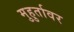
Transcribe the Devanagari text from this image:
मुहुर्तावर